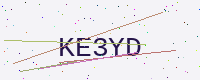
Text: KE3YD